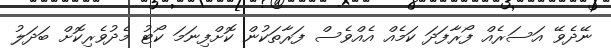
ނޭދެވޭ އަސަރެއް ފޯރާފަދަ ކަމެއް އެއްވެސް ފަރާތަކުން ކޮށްފިނަމަ ކޯޓު މެދުވެރިކޮށް ބަދަލު